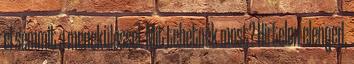
el semmit a meneküléssel. Mit tehetnék most? Hirtelen elenged,